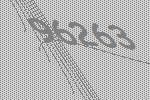
96263